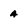
Character: a